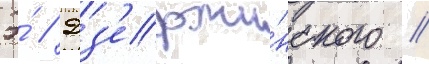
Э́ // Дз'ержи́нского //